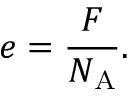
e = { \frac { F } { N _ { \mathrm { A } } } } .